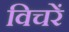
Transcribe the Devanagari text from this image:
विचरें